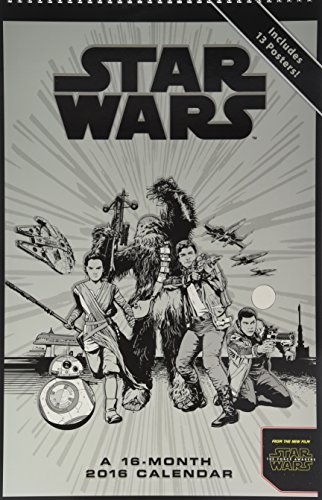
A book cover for Star Wars Episode VII 2016 Oversized Wall Calendar; Trends International; Calendars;